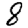
Digit: 8